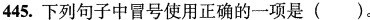
445.下列句子中冒号使用正确的一项是()。